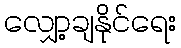
လျှော့ချနိုင်ရေး